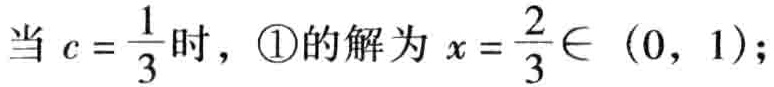
当 \(c = \frac{1}{3}\) 时，\textcircled{1}的解为 \(x = \frac{2}{3}\in (0, 1)\);